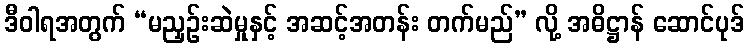
ဒီဝါရအတွက် “မညှဉ်းဆဲမှုနှင့် အဆင့်အတန်း တက်မည်” လို့ အဓိဋ္ဌာန် ဆောင်ပုဒ်